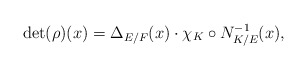
\begin{align*} \det(\rho)(x)=\Delta_{E/F}(x)\cdot\chi_K\circ N_{K/E}^{-1}(x), \end{align*}